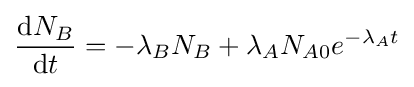
{\frac {\mathrm {d} N_{B}}{\mathrm {d} t}}=-\lambda _{B}N_{B}+\lambda _{A}N_{A0}e^{-\lambda _{A}t}